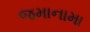
જમાનામા